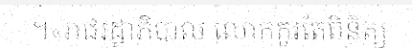
។«រាជរដ្ឋាភិបាល លោកគួរតែពិនិត្យ